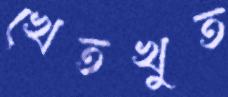
খেতখুত